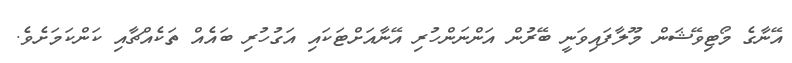
އޭނާގެ މޯޓިވޭޝަން މޫލާފައިވަނީ ބޭރުން އަންނަންހުރި އޭނާއަށްޓަކައި އަގުހުރި ބައެއް ތަކެއްޗާއި ކަންކަމަށެވެ.